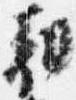
朝